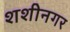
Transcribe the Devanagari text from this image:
शशीनगर